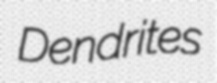
Dendrites